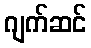
ဂျက်ဆင်